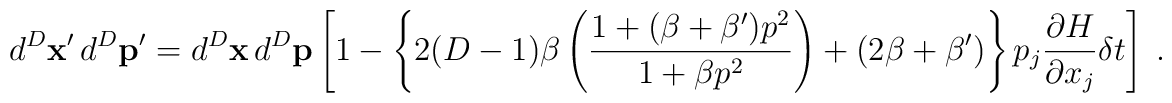
d^D\mathbf{x}'\,d^D\mathbf{p}'= d^D\mathbf{x}\,d^D\mathbf{p}   \left[ 1      - \left\{ 2(D-1)\beta\left( \frac{ 1 + (\beta+\beta') p^2 }                                      { 1 + \beta p^2 }                          \right)             + (2\beta + \beta')       \right\} p_j\frac{\partial H}{\partial x_j}\delta t  \right] \;.